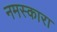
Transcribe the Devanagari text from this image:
नमस्कारा